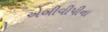
એબીવીપીના